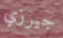
جيرزي